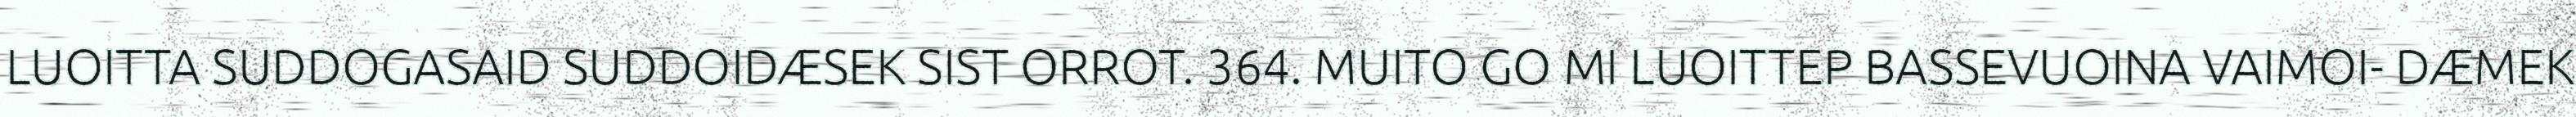
LUOITTA SUDDOGASAID SUDDOIDÆSEK SIST ORROT. 364. MUITO GO MI LUOITTEP BASSEVUOINA VAIMOI- DÆMEK